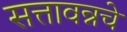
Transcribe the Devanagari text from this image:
सत्तावन्नचे